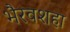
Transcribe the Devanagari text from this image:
भैरवशहा